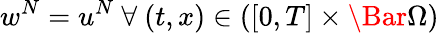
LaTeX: w^{N}=u^{N}\ \forall\ (t,x)\in([0,T]\times\Bar{\Omega})